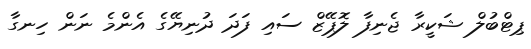
ޕިޓްބުލް ޝަކީރާ ޖެނިފާ ލޮޕޭޒް ސައި ފަދަ ދުނިޔޭގެ އެންމެ ނަން ހިނގާ